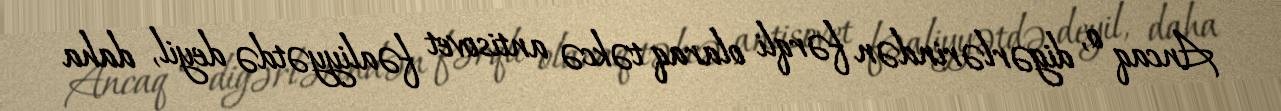
Ancaq o, digərlərindən fərqli olaraq təkcə antisovet fəaliyyətdə deyil, daha